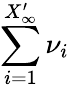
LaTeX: \sum_{i=1}^{X_{\infty}^{\prime}}\nu_{i}